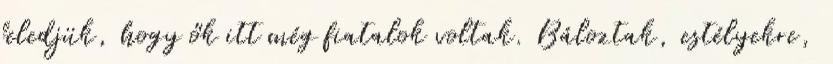
feledjük, hogy ők itt még fiatalok voltak. Báloztak, estélyekre,